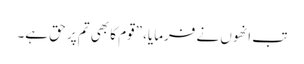
تب انھوں نے فرمایا، ”قوم کا بھی تم پر حق ہے۔